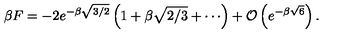
\beta F = - 2 e ^ { - \beta \sqrt { 3 / 2 } } \left( 1 + \beta \sqrt { 2 / 3 } + \cdots \right) + { \cal O } \left( e ^ { - \beta \sqrt { 6 } } \right) .